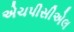
એચપીસીએલ